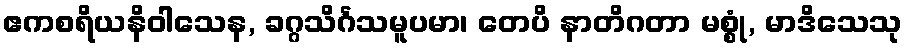
ဧကစရိယနိဝါသေန, ခဂ္ဂသိင်္ဂသမူပမာ၊ တေပိ နာတိဂတာ မစ္စုံ, မာဒိသေသု